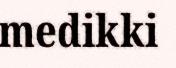
medikki